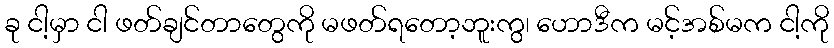
ခု ငါ့မှာ ငါ ဖတ်ချင်တာတွေကို မဖတ်ရတော့ဘူးကွ၊ ဟောဒီက မင့်အစ်မက ငါ့ကို